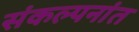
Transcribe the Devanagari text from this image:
संकल्पनांत